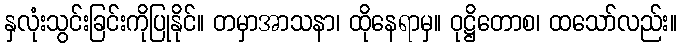
နှလုံးသွင်းခြင်းကိုပြုနိုင်။ တမှာအာသနာ၊ ထိုနေရာမှ။ ဝုဋ္ဌိတောစ၊ ထသော်လည်း။